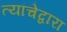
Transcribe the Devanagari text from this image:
त्यांचेद्वारा